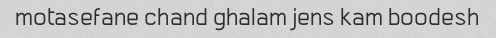
motasefane chand ghalam jens kam boodesh